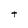
Character: t